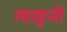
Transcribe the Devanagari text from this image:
त्याहुनी